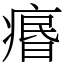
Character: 𤸅